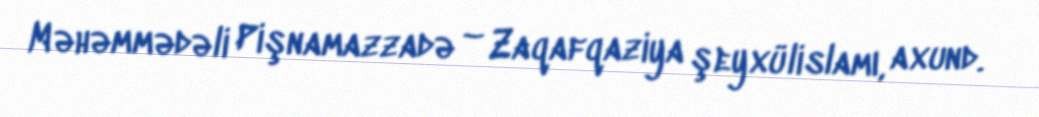
Məhəmmədəli Pişnamazzadə – Zaqafqaziya şeyxülislamı, axund.